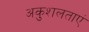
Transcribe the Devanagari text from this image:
अकुशलताएं